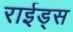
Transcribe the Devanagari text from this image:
राईड्स